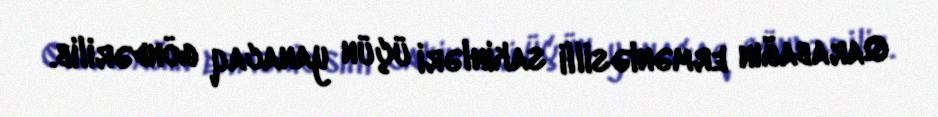
Qarabağın erməniəsilli sakinləri üçün yanacaq göndərilib.